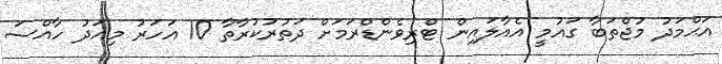
އަޙްމަދު މުޖްތަބާ ގައުމީ އެއާލައިން ޓްރިވެންޑްރަމަށް ދަތުރުކުރާތާ 10 އަހަރު މިއަދު ހާއްސަ